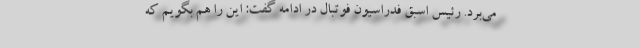
می‌برد. رئیس اسبق فدراسیون فوتبال در ادامه گفت: این را هم بگویم که